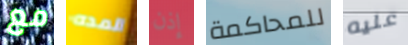
مع المده إذن للمحاكمة عليه